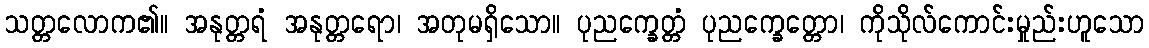
သတ္တလောက၏။ အနုတ္တရံ အနုတ္တရော၊ အတုမရှိသော။ ပုညက္ခေတ္တံ ပုညက္ခေတ္တော၊ ကိုသိုလ်ကောင်းမှုည်းဟူသော